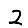
Digit: 2